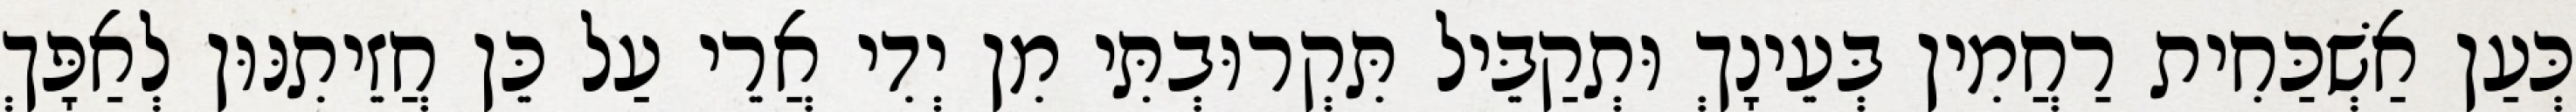
כְּעַן אַשְׁכַּחִית רַחֲמִין בְּעֵינָךְ וּתְקַבֵּיל תִּקְרוּבְתִּי מִן יְדִי אֲרֵי עַל כֵּן חֲזֵיתִנּוּן לְאַפָּךְ